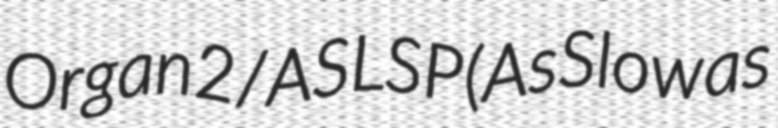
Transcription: Organ2/ASLSP (As Slow as